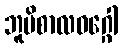
ဘူမိစာလဝဂ္ဂေါ